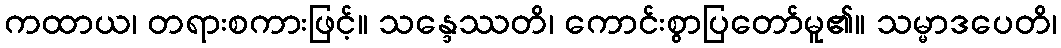
ကထာယ၊ တရားစကားဖြင့်။ သန္ဒေဿတိ၊ ကောင်းစွာပြတော်မူ၏။ သမ္မာဒပေတိ၊